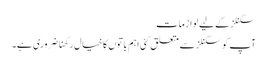
سگنلز کے لیے لوازمات
آپ کو سگنلز سے متعلق کئی اہم باتوں کا خیال رکھنا ضروری ہے۔